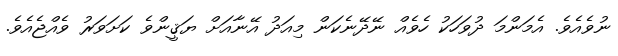
ނުވެއެވެ. އެމަންމަ ދުވަހަކު ހެވެއް ނޭދޭނެކަން މިއަދު އޭނާއަށް ޔަޤީންވެ ކަށަވަރު ވެއްޖެއެވެ.